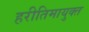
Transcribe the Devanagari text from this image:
हरीतिमायुक्‍त